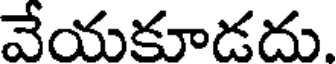
వేయకూడదు.